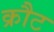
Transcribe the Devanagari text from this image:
क्रौट